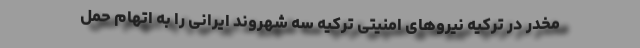
مخدر در ترکیه نیروهای امنیتی ترکیه سه شهروند ایرانی را به اتهام حمل